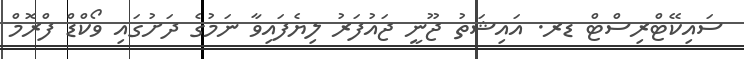
ސައިކޭޓްރިސްޓް ޑރ. އައިޝަތު ޖޫނީ ޖައުފަރު ލިޔެފައިވާ ނަމުގެ ދަށުގައި ވޯކްޑް ފްރޮމް